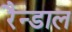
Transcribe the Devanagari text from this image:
रैन्डाल